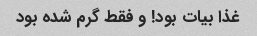
غذا بیات بود! و فقط گرم شده بود